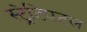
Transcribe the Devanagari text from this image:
स्ट्रेटिएटल